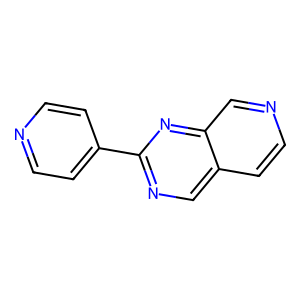
SMILES: c1cc(-c2ncc3ccncc3n2)ccn1
Inhibits HIV replication: No